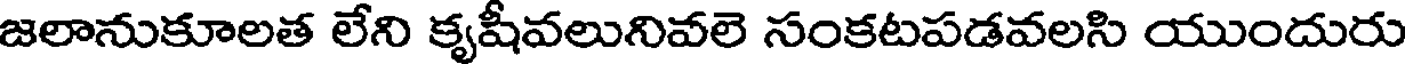
జలానుకూలత లేని కృషీవలునివలె సంకటపడవలసి యుందురు